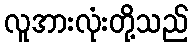
လူအားလုံးတို့သည်